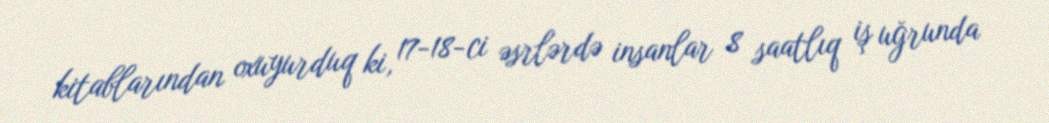
kitablarından oxuyurduq ki, 17-18-ci əsrlərdə insanlar 8 saatlıq iş uğrunda